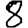
Digit: 8